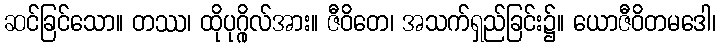
ဆင်ခြင်သော။ တဿ၊ ထိုပုဂ္ဂိုလ်အား။ ဇီဝိတေ၊ အသက်ရှည်ခြင်း၌။ ယောဇီဝိတမဒေါ၊